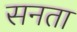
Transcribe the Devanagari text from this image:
सनता